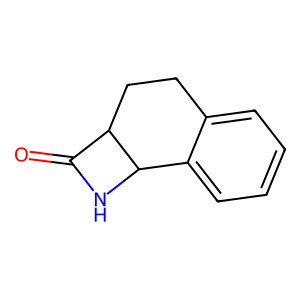
SMILES: O=C1NC2c3ccccc3CCC12
Inhibits HIV replication: No